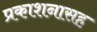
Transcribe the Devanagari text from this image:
प्रकाशनासह